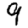
Digit: 9